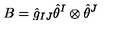
B = \hat { g } _ { I J } \hat { \theta } ^ { I } \otimes \hat { \theta } ^ { J }